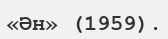
«Ән» (1959).